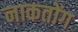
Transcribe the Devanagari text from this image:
नाकतोंग